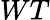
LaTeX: WT